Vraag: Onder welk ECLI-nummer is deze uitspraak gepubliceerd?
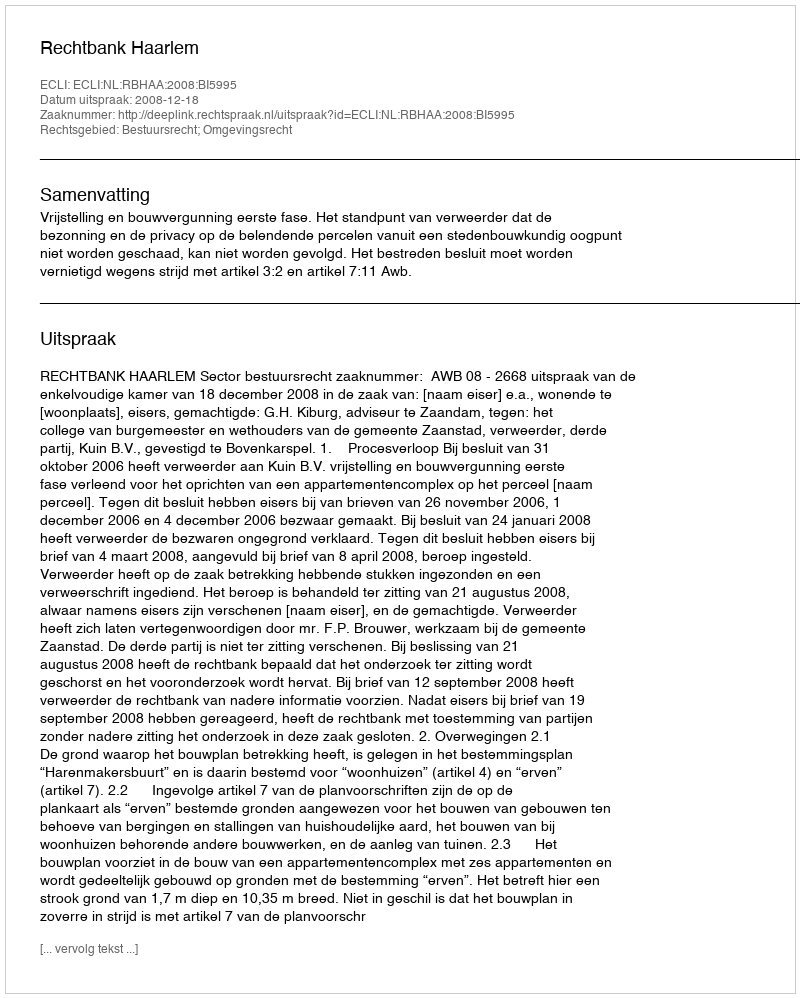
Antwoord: ECLI:NL:RBHAA:2008:BI5995